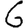
Digit: 6